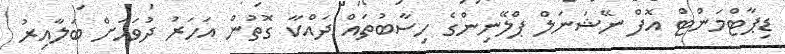
ޑިޕާޓްމަންޓް އޮފް ނޭޝަނަލް ޕްލޭނިންގެ ހިސާބުތައް ދައްކާ ގޮތުން އަހަރު ދުވަހަށް ބަލާއިރު